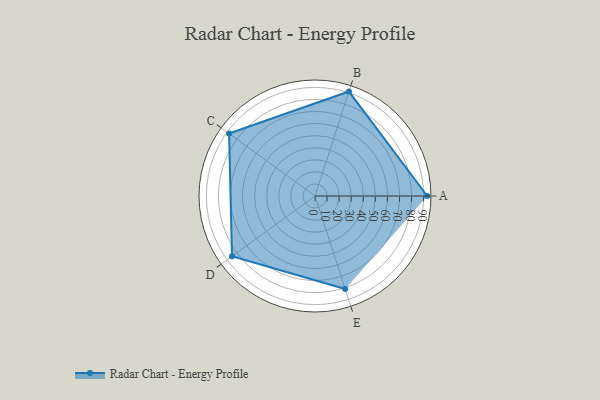
{"axis": {"x": "Skill", "y": "Score"}, "legend": ["Profile"], "data": [{"x": "A", "y": 93.0, "type": "Profile"}, {"x": "B", "y": 91.0, "type": "Profile"}, {"x": "C", "y": 88.0, "type": "Profile"}, {"x": "D", "y": 85.0, "type": "Profile"}, {"x": "E", "y": 81.0, "type": "Profile"}]}